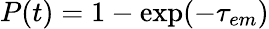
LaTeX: P(t)=1-\exp(-\tau_{em})